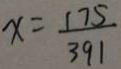
x = \frac { 1 7 5 } { 3 9 1 }